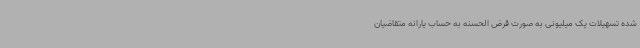
شده تسهیلات یک میلیونی به صورت قرض الحسنه به حساب یارانه متقاضیان